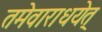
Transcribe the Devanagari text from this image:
तमेवाराधयेत्